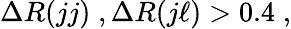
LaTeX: \Delta R(jj)\; ,\Delta R(j\ell)>0.4\; ,